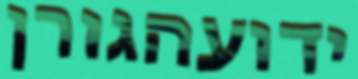
ידועהגורן